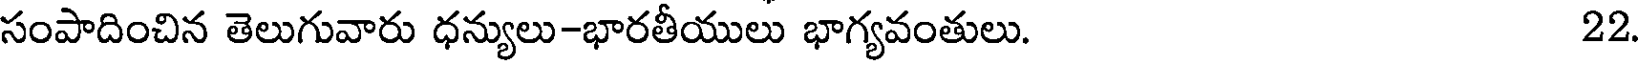
సంపాదించిన తెలుగువారు ధన్యులు-భారతీయులు భాగ్యవంతులు. 22